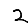
Digit: 2